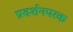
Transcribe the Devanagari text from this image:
प्रदर्शनपरक